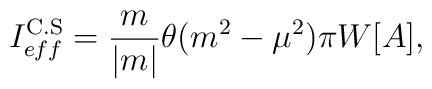
I^{{\rm C.S}}_{eff}=\frac{m}{|m|}\theta (m^2 -\mu^2 ) \pi W[A] ,